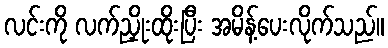
လင်းကို လက်ညှိုးထိုးပြီး အမိန့်ပေးလိုက်သည်။